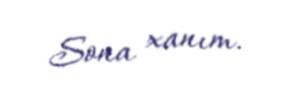
Sona xanım.